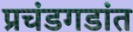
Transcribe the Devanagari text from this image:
प्रचंडगडांत